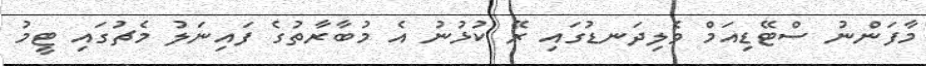
މާފަންނު ސްޓޭޑިއަމް ވެލިދަނޑުގައި ރޭ ކުޅުނު އެ މުބާރާތުގެ ފައިނަލު މެޗުގައި ޓީމު